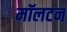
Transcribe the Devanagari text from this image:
मॉलटन